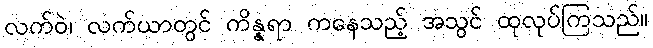
လက်ဝဲ၊ လက်ယာတွင် ကိန္နရာ ကနေသည့် အသွင် ထုလုပ်ကြသည်။